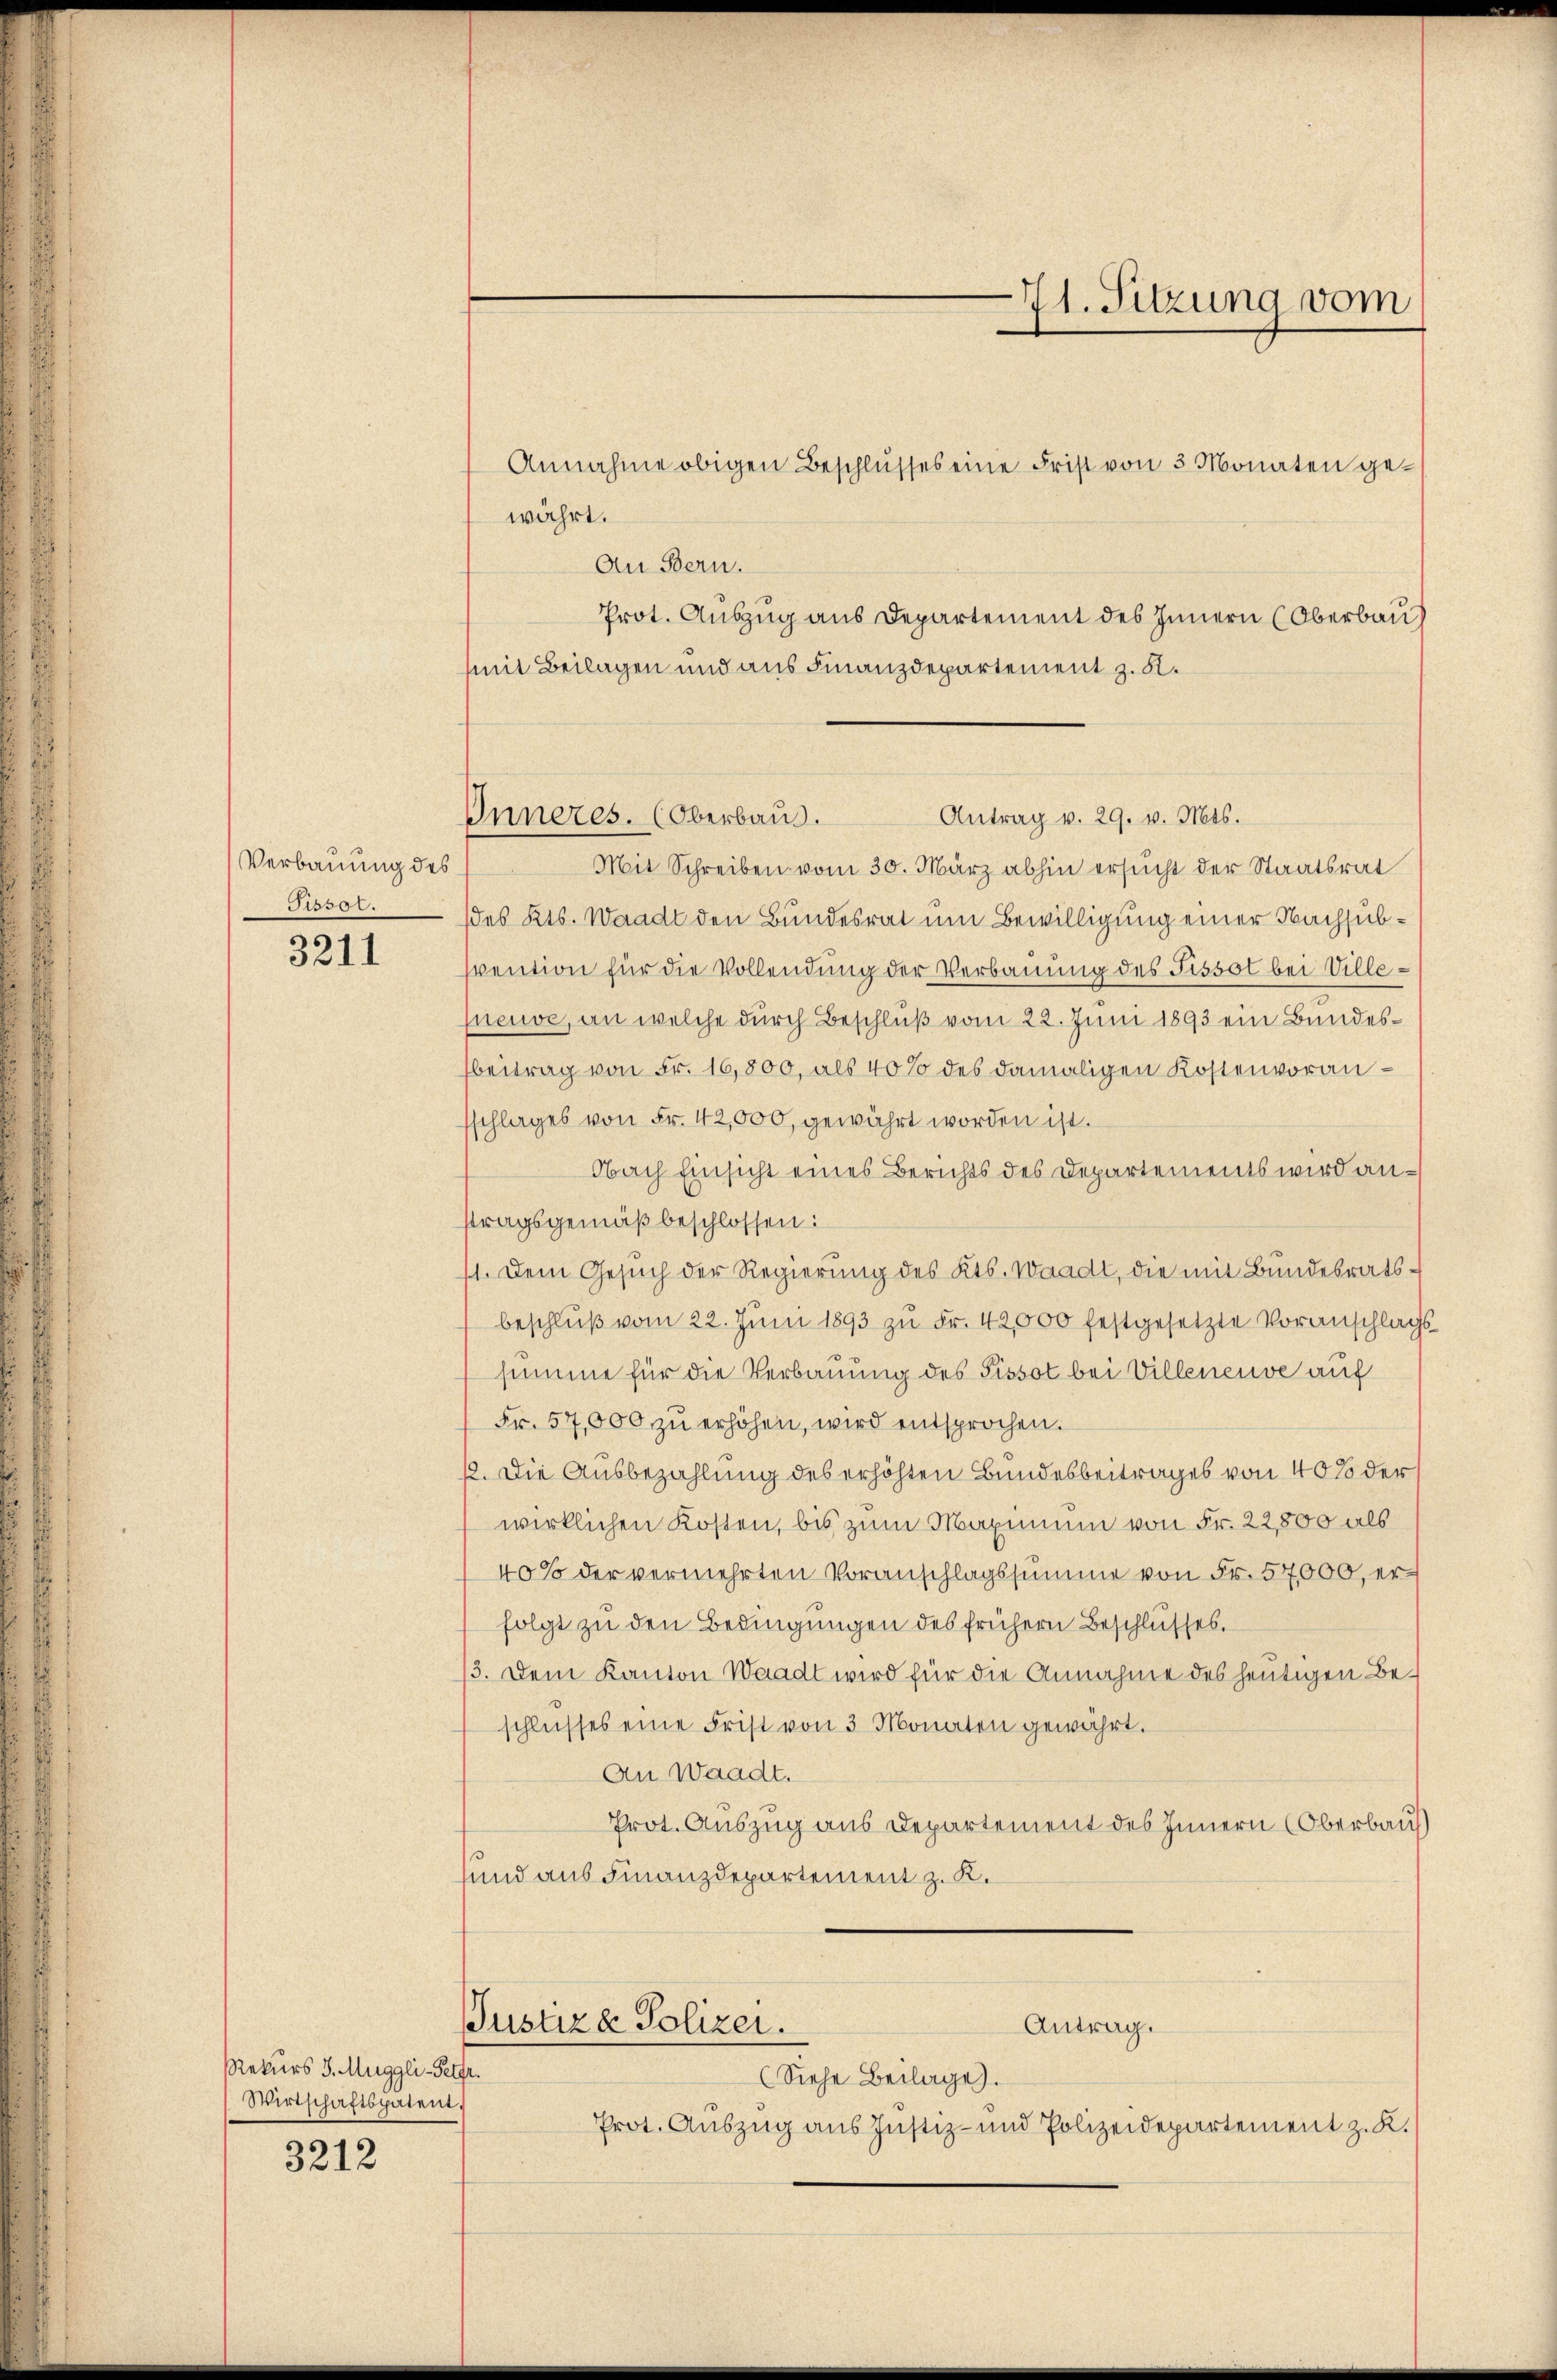
Verbauung des
Pissol.

3211

Rekurs J. Muggli-Petfr.
Wirtschaftspatent.

3212

Inneres. (Oberbaus.

wahrt.
An Bern.
Prot. Auszug aus Departement des Innern (Oberbau
mit Beilagen und aus Finanzdepartement z. K.
Antrag v. 29. v. Mts.
Mit Schreiben vom 30. März abhin ersucht der Staatsrat
des Kts. Waadt den Bundesrat um Bewilligung einer Nachsubvention für die Vollendung der Verbauung des Fissot bei Villefneuve, an welche durch Beschluß vom 22. Juni 1893 ein Bundesbeitrag von Fr. 16,800, als 40% des damaligen Kostenvoranschlages von Fr. 42,000, gewährt worden ist.
Obach Einsicht eines Berichts des Departements wird antragsgemäß beschlossen:
1. Dem Gesuch der Regierung des Kts. Waadt, die mit Bundesratsbeschlŭβ vom 22. Juni 1893 zu Fr. 42,000 festgesetzte Voranschlags
summe für die Verbauung des Pissot bei Villeneuve auf
Fr. 57,000 zŭ erhöhen, wird entsprochen.
12. Die Ausbezahlung des erhöhten Bundesbeitrages von 40% der
wirklichen Kosten, bis zum Maximum von Fr. 22,800 als
40% der vermehrten Voranschlagssumme von Fr. 54000, er-
folgt zu den Bedingungen des frühern Beschlusses.
3. Dem Kanton Waadt wird für die Annahme des heutigen Beschlusses eine Frist von 3 Monaten gewährt.
An Waadt.
Prot. Auszug aus Departement des Innern (Oberbauf
sund aus Finanzdepartement z. K.

Annahme obigen Beschlusses eine Frist von 3 Monaten ge¬

71. Sitzung vom

Antrag.
Justiza Polizei.
(Siehe Beilage.
Prot. Auszug aus Justiz- und Polizeidepartement z. K.